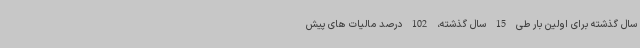
سال گذشته برای اولین بار طی 15 سال گذشته، 102 درصد مالیات های پیش